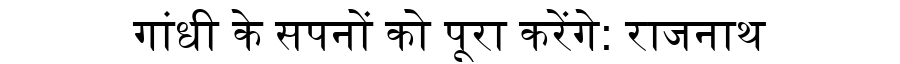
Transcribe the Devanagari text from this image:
गांधी के सपनों को पूरा करेंगे: राजनाथ